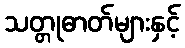
သတ္တုဓာတ်များနှင့်